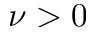
\nu > 0